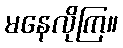
မနေလိုကြ။